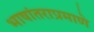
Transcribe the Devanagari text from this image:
भाषांतराप्रमाणे